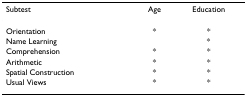
<table><thead><tr><td><b>Subtest</b></td><td><b>Age</b></td><td><b>Education</b></td></tr></thead><tbody><tr><td>Orientation</td><td>*</td><td>*</td></tr><tr><td>Name Learning</td><td></td><td>*</td></tr><tr><td>Comprehension</td><td>*</td><td>*</td></tr><tr><td>Arithmetic</td><td>*</td><td>*</td></tr><tr><td>Spatial Construction</td><td>*</td><td>*</td></tr><tr><td>Usual Views</td><td>*</td><td>*</td></tr></tbody></table>